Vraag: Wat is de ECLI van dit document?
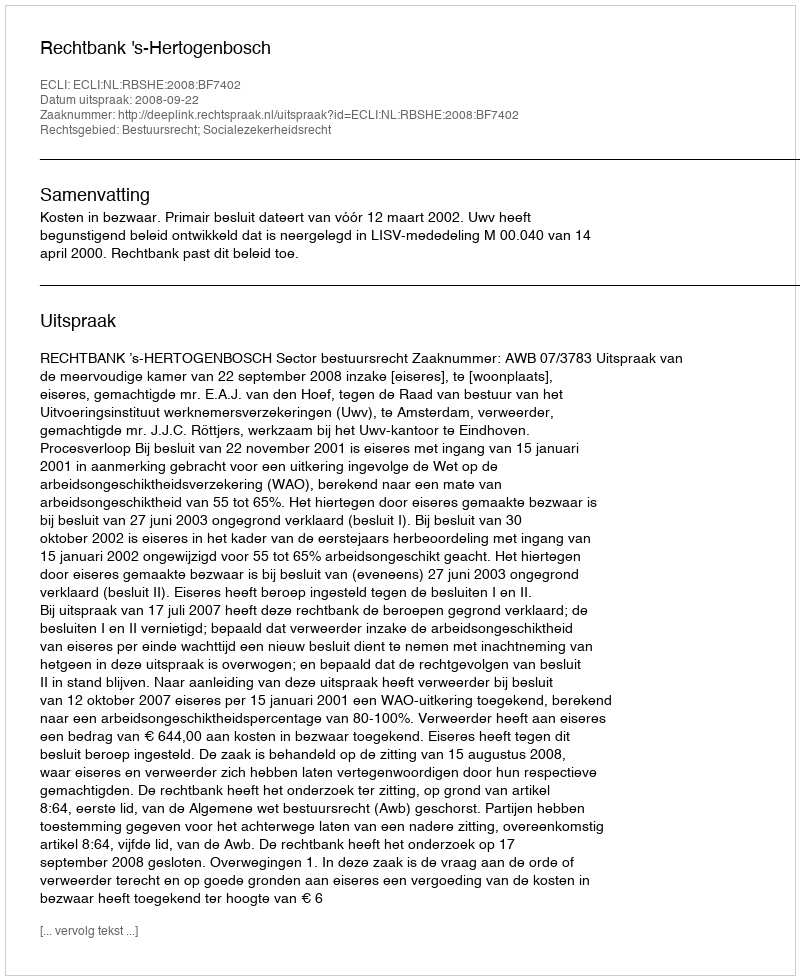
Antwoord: ECLI:NL:RBSHE:2008:BF7402